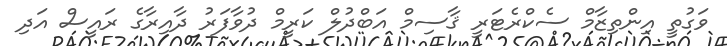
ވަގުތީ އިންތިޒާމް ސެކްރެޓަރީ ޤާސިމް އަބްދުލް ކަރީމް ދުވާފަރު ދާއިރާގެ ރައީސް އަދި